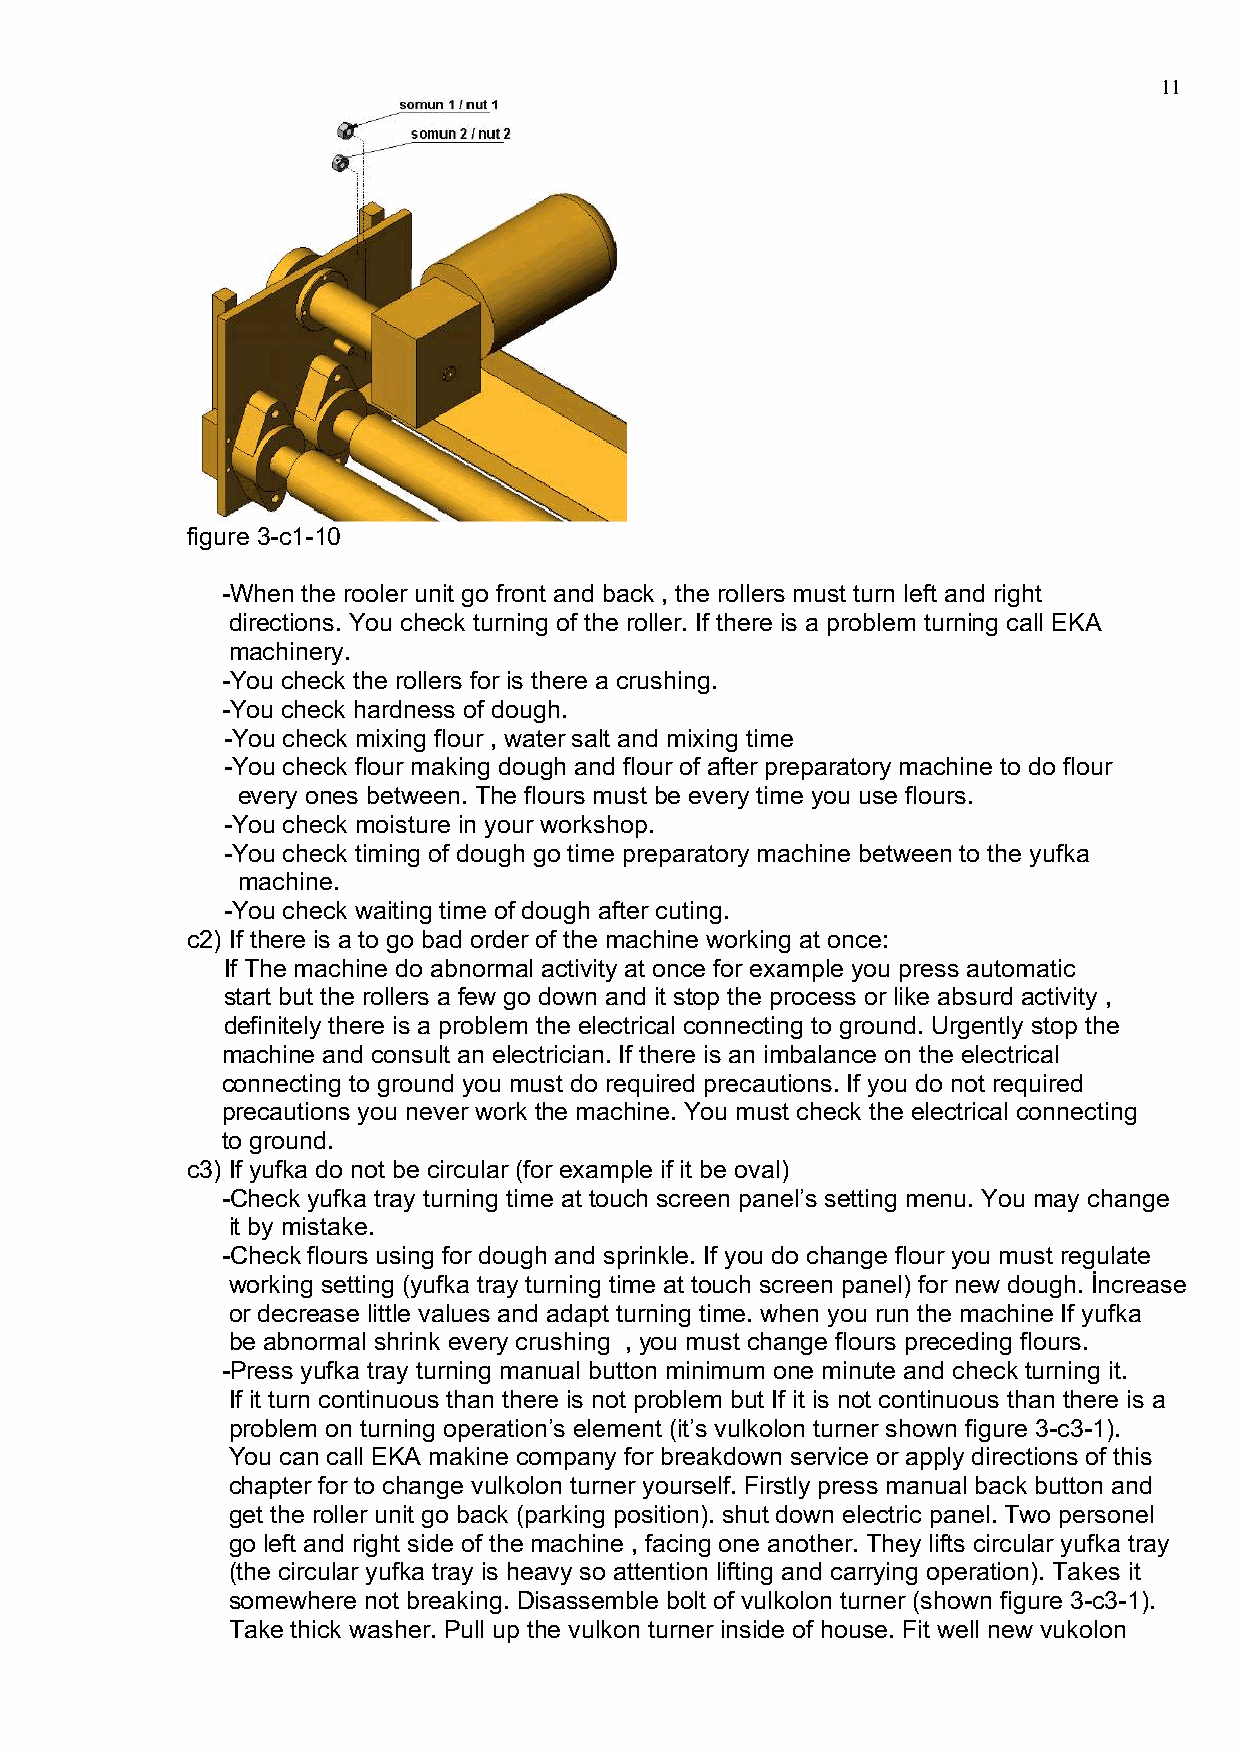
11
 figure 3-c1-10
 -When the rooler unit go front and back , the rollers must turn left and right
 directions. You check turning of the roller. If there is a problem turning call EKA
 machinery.
 -You check the rollers for is there a crushing.
 -You check hardness of dough.
 -You check mixing flour , water salt and mixing time
 -You check flour making dough and flour of after preparatory machine to do flour
 every ones between. The flours must be every time you use flours.
 -You check moisture in your workshop.
 -You check timing of dough go time preparatory machine between to the yufka
 machine.
 -You check waiting time of dough after cuting.
 c2) If there is a to go bad order of the machine working at once:
 If The machine do abnormal activity at once for example you press automatic
 start but the rollers a few go down and it stop the process or like absurd activity ,
 definitely there is a problem the electrical connecting to ground. Urgently stop the
 machine and consult an electrician. If there is an imbalance on the electrical
 connecting to ground you must do required precautions. If you do not required
 precautions you never work the machine. You must check the electrical connecting
 to ground.
 c3) If yufka do not be circular (for example if it be oval)
 -Check yufka tray turning time at touch screen panel’s setting menu. You may change
 it by mistake.
 -Check flours using for dough and sprinkle. If you do change flour you must regulate
 working setting (yufka tray turning time at touch screen panel) for new dough. İncrease
 or decrease little values and adapt turning time. when you run the machine If yufka
 be abnormal shrink every crushing , you must change flours preceding flours.
 -Press yufka tray turning manual button minimum one minute and check turning it.
 If it turn continuous than there is not problem but If it is not continuous than there is a
 problem on turning operation’s element (it’s vulkolon turner shown figure 3-c3-1).
 You can call EKA makine company for breakdown service or apply directions of this
 chapter for to change vulkolon turner yourself. Firstly press manual back button and
 get the roller unit go back (parking position). shut down electric panel. Two personel
 go left and right side of the machine , facing one another. They lifts circular yufka tray
 (the circular yufka tray is heavy so attention lifting and carrying operation). Takes it
 somewhere not breaking. Disassemble bolt of vulkolon turner (shown figure 3-c3-1).
 Take thick washer. Pull up the vulkon turner inside of house. Fit well new vukolon